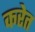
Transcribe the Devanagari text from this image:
करेत